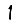
Digit: 1